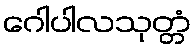
ဂေါပါလသုတ္တံ